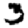
Digit: 3